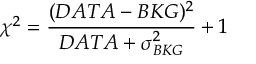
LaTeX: \chi ^ { 2 } = \frac { ( D A T A - B K G ) ^ { 2 } } { D A T A + \sigma _ { B K G } ^ { 2 } } + 1